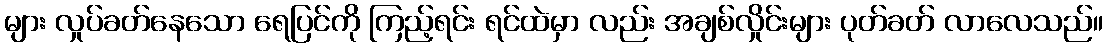
များ လှုပ်ခတ်နေသော ရေပြင်ကို ကြည့်ရင်း ရင်ထဲမှာ လည်း အချစ်လှိုင်းများ ပုတ်ခတ် လာလေသည်။